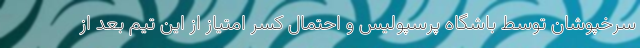
سرخپوشان توسط باشگاه پرسپولیس و احتمال کسر امتیاز از این تیم بعد از